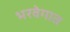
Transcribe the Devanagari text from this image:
भरवेगात